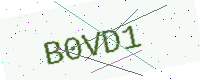
Text: B0VD1